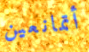
أتمانعين